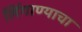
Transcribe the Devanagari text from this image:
लिंगाण्याचा